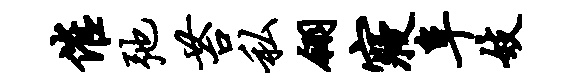
催弛苔私翎寝阜妓